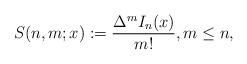
LaTeX: \begin{align*} S(n,m;x):=\dfrac{\Delta^m I_n(x)}{m!},m\leq n,\end{align*}